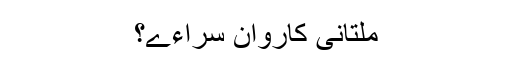
ملتانی کاروان سراءے؟